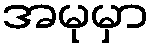
အမုမှာ